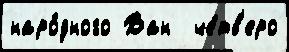
наро́дного Ван  че́тв'еро